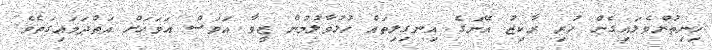
ހިނިތުންވެލައިގެން ހުރި ރާކިޒު އޭނަގެ އިނގިލިތައް ހުޅުވާލުމުން ޒީވާ އަވަސް އަވަހަށް އަތްދަމައިގަތެވެ.